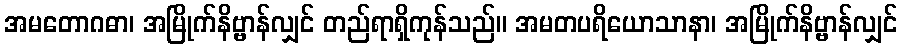
အမတောဂဓာ၊ အမြိုက်နိဗ္ဗာန်လျှင် တည်ရာရှိကုန်သည်။ အမတပရိယောသာနာ၊ အမြိုက်နိဗ္ဗာန်လျှင်